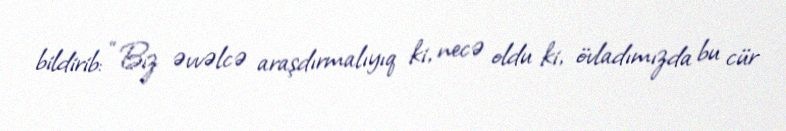
bildirib: “Biz əvvəlcə araşdırmalıyıq ki, necə oldu ki, övladımızda bu cür